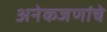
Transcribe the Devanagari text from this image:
अनेकजणांचे